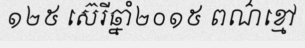
១២៥ ស៊េរីឆ្នាំ២០១៥ ពណ៌ខ្មៅ